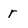
Character: r